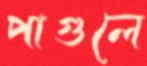
পাগুলে